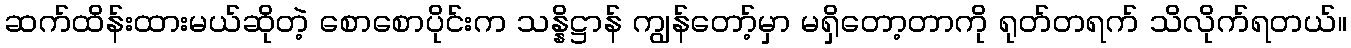
ဆက်ထိန်းထားမယ်ဆိုတဲ့ စောစောပိုင်းက သန္နိဋ္ဌာန် ကျွန်တော့်မှာ မရှိတော့တာကို ရုတ်တရက် သိလိုက်ရတယ်။